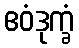
ဧဝံဒုက္ခံ